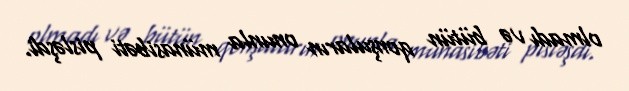
olmadı və bütün qonşuların onunla münasibəti pisləşdi.